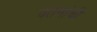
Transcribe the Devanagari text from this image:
वतनांची